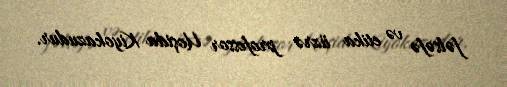
fəlsəfə və etika üzrə professor Uoşida Kiyokazudur.